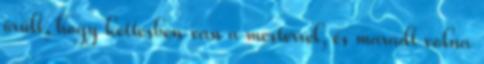
örűlt, hogy kettesben van a mesterrel, és maradt volna